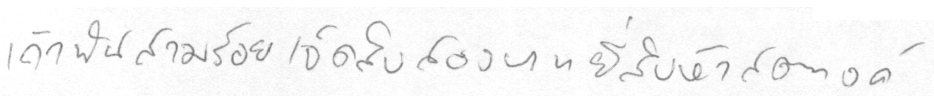
เก้าพันสามร้อยเจ็ดสิบสองบาทยี่สิบห้าสตางค์